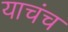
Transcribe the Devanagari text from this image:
याचंच